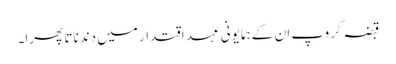
قبضہ گروپ ان کے ہمایونی عہد اقتدار میں دندناتا پھرا۔